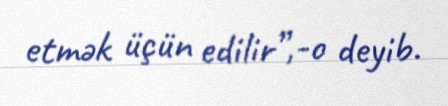
etmək üçün edilir”,-o deyib.